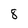
Character: 8